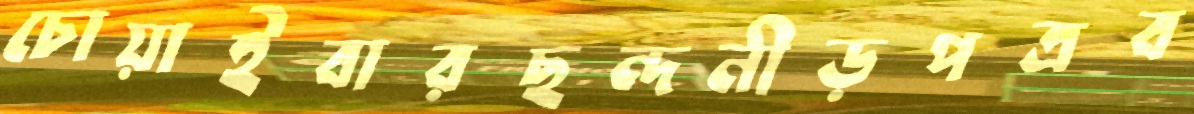
চোয়াইবারছন্দনীড়পত্রব